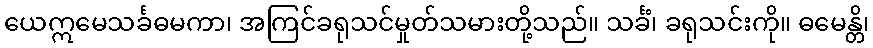
ယေဣမေသင်္ခဓမကာ၊ အကြင်ခရုသင်မှုတ်သမားတို့သည်။ သင်္ခံ၊ ခရုသင်းကို။ ဓမေန္တိ၊